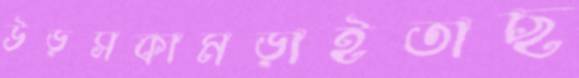
উড়সকামড়াইতাছ